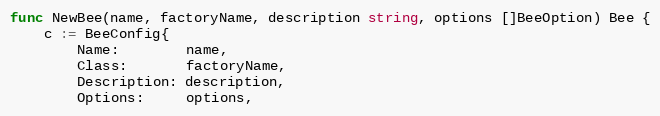
Language: Go
func NewBee(name, factoryName, description string, options []BeeOption) Bee {
	c := BeeConfig{
		Name:        name,
		Class:       factoryName,
		Description: description,
		Options:     options,